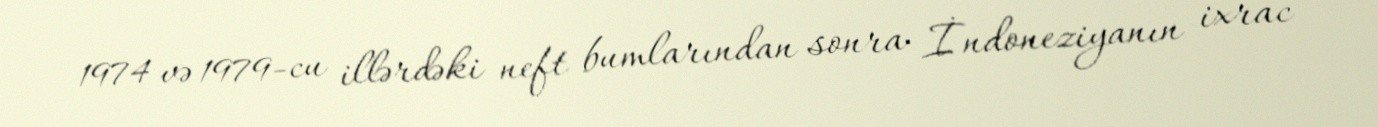
1974 və 1979-cu illərdəki neft bumlarından sonra İndoneziyanın ixrac